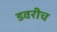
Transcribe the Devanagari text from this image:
डवरीच